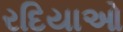
રદિયાઓ